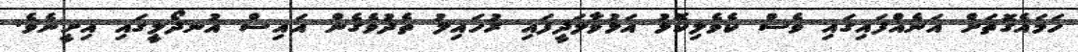
ހަމައެގޮތަށް އަނެއްފައިގައި ވެސް ކެވެލިކޮޅު އަޅުވާލަދީފައި ރުހައިލު ތެދުވެގެން އައިސް އުނދޯލީގައި އިށީނެވެ.